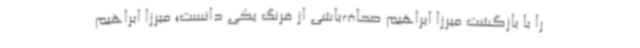
را با بازگشت میرزا ابراهیم صحاف‌باشی از فرنگ یکی دانست؛ میرزا ابراهیم